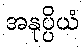
အနုပ္ပိယံ